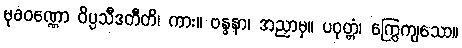
မုခဝဏ္ဏော ဝိပ္ပသီဒတီတိ၊ ကား။ ဗန္ဓနာ၊ အညှာမှ။ ပဝုတ္တံ၊ ကြွေကျသော။